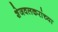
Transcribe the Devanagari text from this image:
शेजवलकरांच्या